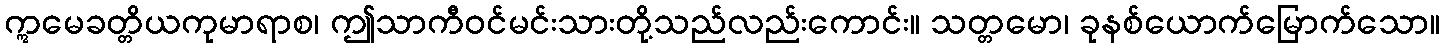
ဣမေခတ္တိယကုမာရာစ၊ ဤသာကီဝင်မင်းသားတို့သည်လည်းကောင်း။ သတ္တမော၊ ခုနစ်ယောက်မြောက်သော။